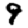
Digit: 9